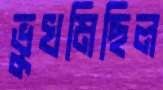
ভুখমিছিল